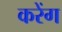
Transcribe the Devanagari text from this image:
करेंग